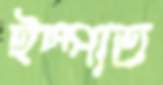
ইস্পাত